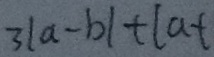
3 \vert a - b \vert + \vert a +